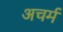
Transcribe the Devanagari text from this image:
अचर्म